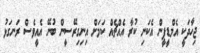
ޖިހާދަކީ އެމްޑީޕީން އެކަނި ކުރާ އެއްޗެއް ކަމަށް އިނިގިރޭސީން ބުނޭ އެއީވެސް ރަނގަޅު